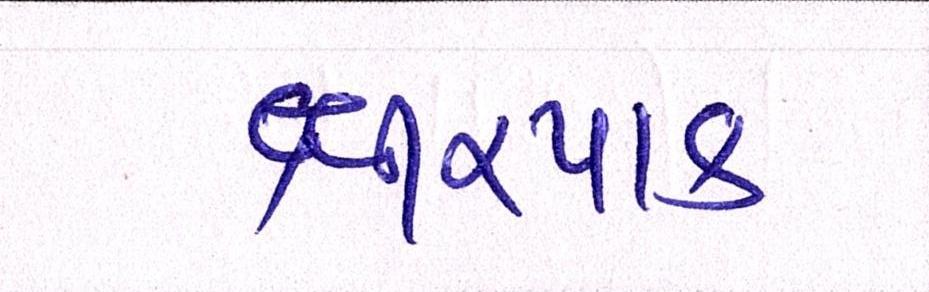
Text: ક્ષીરપાક